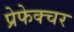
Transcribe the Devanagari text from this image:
प्रेफेक्चर